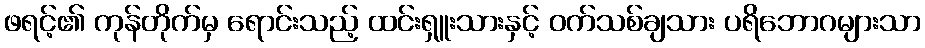
ဖရင့်၏ ကုန်တိုက်မှ ရောင်းသည့် ထင်းရှူးသားနှင့် ဝက်သစ်ချသား ပရိဘောဂများသာ